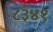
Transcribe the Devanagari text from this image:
८३४१